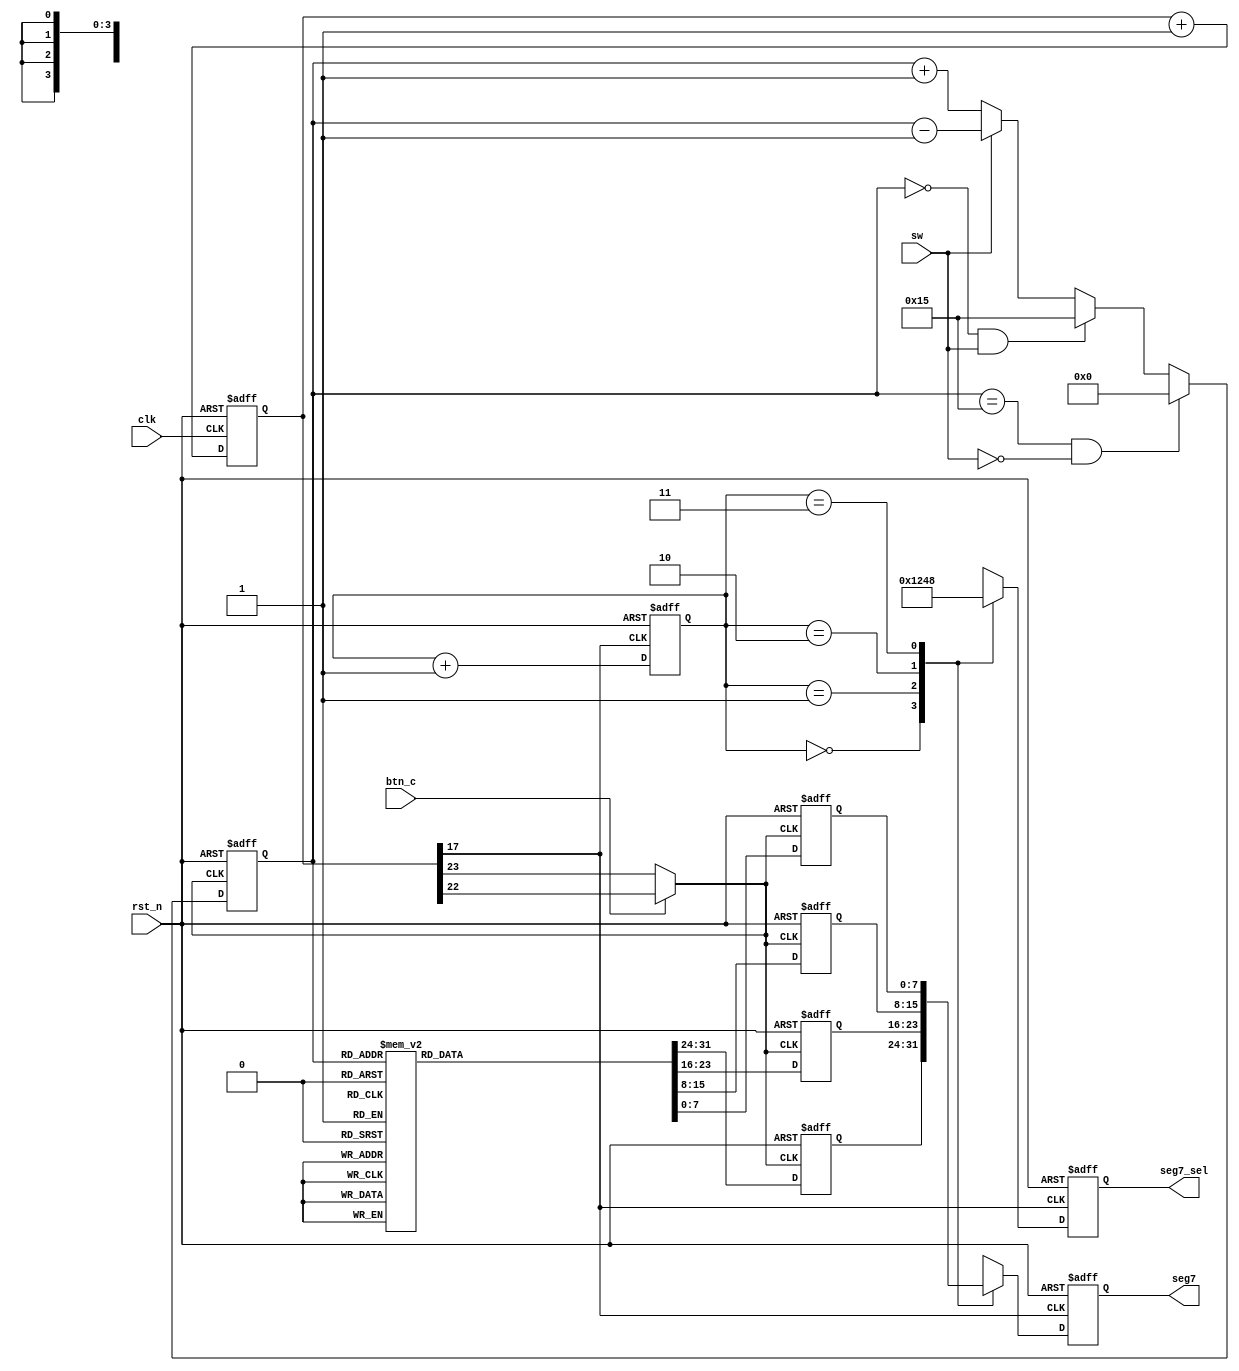
module lab_4(input clk,
             input rst_n,
             input sw,
             input btn_c,
             output reg [3:0] seg7_sel,
             output reg [7:0] seg7);
    reg [24:0] count;
    wire dis_clk,d_clk;
    reg [7:0] seg7_temp [0:3]; //We have 4 parts to illuminate, so we need 4 slots to store the right value
    reg [4:0] seg7_cnt; //The display counter used to reach different states for the snakes, we have 21 states.
    reg [1:0] dis_cnt; //Counter for fast illumination

    // Clk counter for frequency divider
    always @(posedge clk or negedge rst_n)begin
        if (!rst_n)
        begin
            count <= 0;
        end
        else
        begin
            count <= count + 1;
        end
    end

    assign dis_clk = count[17];
    assign d_clk   = !btn_c ? count[23] : count[22];

    //Used to display different snake pattern
    always @(posedge d_clk or negedge rst_n)
    begin
        if (!rst_n)begin
            seg7_cnt <= 0;
        end
        else if ((seg7_cnt == 'd21) && (!sw))
        begin
            seg7_cnt <= 0;
        end
            else if ((seg7_cnt == 'd0) && sw)
            begin
            seg7_cnt <= 'd21;
            end
            else if (sw)
            begin
            seg7_cnt <= seg7_cnt - 'd1;
            end
        else
        begin
            seg7_cnt <= seg7_cnt + 'd1;
        end
    end

    // Output Contral,we must save the value into seg7_temp first, otherwise it would not be loaded
    always @(posedge d_clk or negedge rst_n)begin
        if (!rst_n)
        begin
            seg7_temp[0] <= 8'b0000_0001;
            seg7_temp[1] <= 8'b0000_0001;
            seg7_temp[2] <= 8'b0000_0001;
            seg7_temp[3] <= 8'b0000_0001;
        end
        else
        begin
            case(seg7_cnt)
                0:
                begin
                    seg7_temp[3] <= 8'b0000_0001;seg7_temp[2] <= 8'b0000_0001; seg7_temp[1] <= 8'b0000_0001; seg7_temp[0] <= 8'b0000_0001;
                end
                1:
                begin
                    seg7_temp[3] <= 8'b0000_0000;seg7_temp[2] <= 8'b0000_0001; seg7_temp[1] <= 8'b0000_0001; seg7_temp[0] <= 8'b0000_0011;
                end
                2:
                begin
                    seg7_temp[3] <= 8'b0000_0000;seg7_temp[2] <= 8'b0000_0000; seg7_temp[1] <= 8'b0000_0001; seg7_temp[0] <= 8'b0100_0011;
                end
                3:
                begin
                    seg7_temp[3] <= 8'b0000_0000;seg7_temp[2] <= 8'b0000_0000; seg7_temp[1] <= 8'b0100_0000; seg7_temp[0] <= 8'b0100_0011;
                end
                4:
                begin
                    seg7_temp[3] <= 8'b0000_0000;seg7_temp[2] <= 8'b0100_0000; seg7_temp[1] <= 8'b0100_0000; seg7_temp[0] <= 8'b0100_0010;
                end
                5:
                begin
                    seg7_temp[3] <= 8'b0100_0000;seg7_temp[2] <= 8'b0100_0000; seg7_temp[1] <= 8'b0100_0000; seg7_temp[0] <= 8'b0100_0100;
                end
                6:
                begin
                    seg7_temp[3] <= 8'b0110_0000;seg7_temp[2] <= 8'b0100_0000; seg7_temp[1] <= 8'b0100_0000; seg7_temp[0] <= 8'b0000_0000;
                end
                7:
                begin
                    seg7_temp[3] <= 8'b0110_0001;seg7_temp[2] <= 8'b0100_0000; seg7_temp[1] <= 8'b0000_0000; seg7_temp[0] <= 8'b0000_0000;
                end
                8:
                begin
                    seg7_temp[3] <= 8'b0110_0001;seg7_temp[2] <= 8'b0000_0001; seg7_temp[1] <= 8'b0000_0000; seg7_temp[0] <= 8'b0000_0000;
                end
                9:
                begin
                    seg7_temp[3] <= 8'b0010_0001;seg7_temp[2] <= 8'b0000_0001; seg7_temp[1] <= 8'b0000_0001; seg7_temp[0] <= 8'b0000_0000;
                end
                10:
                begin
                    seg7_temp[3] <= 8'b0000_0001;seg7_temp[2] <= 8'b0000_0001; seg7_temp[1] <= 8'b0000_0001; seg7_temp[0] <= 8'b0000_0001;
                end
                11:
                begin
                    seg7_temp[3] <= 8'b0000_0000;seg7_temp[2] <= 8'b0000_0001; seg7_temp[1] <= 8'b0000_0001; seg7_temp[0] <= 8'b0000_0011;
                end
                12:
                begin
                    seg7_temp[3] <= 8'b0000_0000;seg7_temp[2] <= 8'b0000_0000; seg7_temp[1] <= 8'b0000_0001; seg7_temp[0] <= 8'b0000_0111;
                end
                13
                :begin
                    seg7_temp[3] <= 8'b0000_0000;seg7_temp[2] <= 8'b0000_0000; seg7_temp[1] <= 8'b0000_0000; seg7_temp[0] <= 8'b0000_1111;
                end
                14:
                begin
                    seg7_temp[3] <= 8'b0000_0000;seg7_temp[2] <= 8'b0000_0000; seg7_temp[1] <= 8'b0000_1000; seg7_temp[0] <= 8'b0000_0111;
                end
                15:
                begin
                    seg7_temp[3] <= 8'b0000_0000;seg7_temp[2] <= 8'b0000_1000; seg7_temp[1] <= 8'b0000_1000; seg7_temp[0] <= 8'b0000_1100;
                end
                16:
                begin
                    seg7_temp[3] <= 8'b0000_1000;seg7_temp[2] <= 8'b0000_1000; seg7_temp[1] <= 8'b0000_1000; seg7_temp[0] <= 8'b0000_1000;
                end
                17:
                begin
                    seg7_temp[3] <= 8'b0001_1000;seg7_temp[2] <= 8'b0000_1000; seg7_temp[1] <= 8'b0000_1000; seg7_temp[0] <= 8'b0000_0000;
                end
                18:
                begin
                    seg7_temp[3] <= 8'b0011_1000;seg7_temp[2] <= 8'b0000_1000; seg7_temp[1] <= 8'b0000_0000; seg7_temp[0] <= 8'b0000_0000;
                end
                19:
                begin
                    seg7_temp[3] <= 8'b0011_1001;seg7_temp[2] <= 8'b0000_0000; seg7_temp[1] <= 8'b0000_0000; seg7_temp[0] <= 8'b0000_0000;
                end
                20:
                begin
                    seg7_temp[3] <= 8'b0011_0001;seg7_temp[2] <= 8'b0000_0001; seg7_temp[1] <= 8'b0000_0000; seg7_temp[0] <= 8'b0000_0000;
                end
                21:
                begin
                    seg7_temp[3] <= 8'b0010_0001;seg7_temp[2] <= 8'b0000_0001; seg7_temp[1] <= 8'b0000_0001; seg7_temp[0] <= 8'b0000_0000;
                end
                default:
                begin
                    seg7_temp[3] <= 8'b0010_0001;seg7_temp[2] <= 8'b0000_0001; seg7_temp[1] <= 8'b0000_0001; seg7_temp[0] <= 8'b0000_0000;
                end
            endcase
        end
    end

    // Display used to display the seg7 with fast illumination
    always @(posedge dis_clk or negedge rst_n)begin
        if (!rst_n)
        begin
            dis_cnt <= 0;
        end
        else
        begin
            if (dis_cnt == 'd4)
                dis_cnt <= 0;
            else
                dis_cnt <= dis_cnt + 1;
        end
    end

    always @(posedge dis_clk or negedge rst_n)begin
        if (!rst_n)
        begin
            seg7_sel <= 4'b1111;
            seg7     <= 8'b0000_0001;
        end
        else
        begin
            case(dis_cnt)
                0:seg7_sel <= 4'b0001;
                1:seg7_sel <= 4'b0010;
                2:seg7_sel <= 4'b0100;
                3:seg7_sel <= 4'b1000;
            endcase
            seg7 <= seg7_temp[dis_cnt];
        end
    end

endmodule